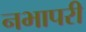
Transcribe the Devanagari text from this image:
नभापरी